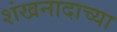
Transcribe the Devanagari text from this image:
शंखनादाच्या